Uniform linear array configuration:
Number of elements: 32
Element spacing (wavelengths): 0.75
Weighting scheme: binomial
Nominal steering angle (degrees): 30
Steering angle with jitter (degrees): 28.942
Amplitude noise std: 0.05
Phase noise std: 0.05

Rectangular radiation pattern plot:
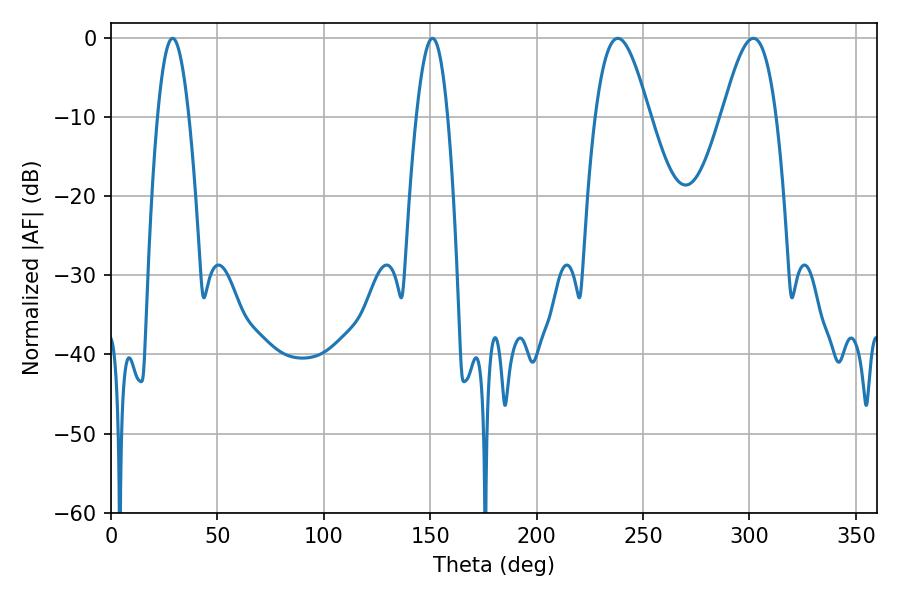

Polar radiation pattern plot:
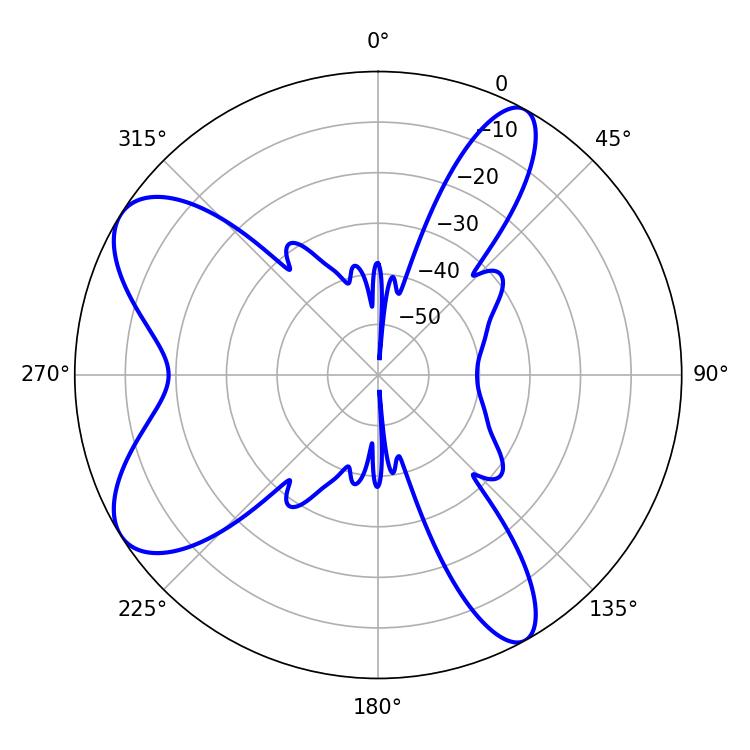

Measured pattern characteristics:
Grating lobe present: TRUE
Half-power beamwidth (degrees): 13.68
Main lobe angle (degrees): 238.14